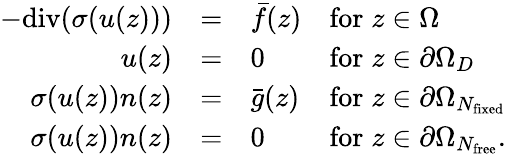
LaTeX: \begin{array}{rcll}{-\mathrm{div}(\sigma(u(z)))}&{=}&{\bar{f}(z)}&{\mathrm{for}\; z\in\Omega}\\ {u(z)}&{=}&{0}&{\mathrm{for}\; z\in\partial\Omega_{D}}\\ {\sigma(u(z)){n}(z)}&{=}&{\bar{g}(z)}&{\mathrm{for}\; z\in\partial\Omega_{N_{\mathrm{fixed}}}}\\ {\sigma(u(z)){n}(z)}&{=}&{0}&{\mathrm{for}\; z\in\partial\Omega_{N_{\mathrm{free}}}.}\end{array}